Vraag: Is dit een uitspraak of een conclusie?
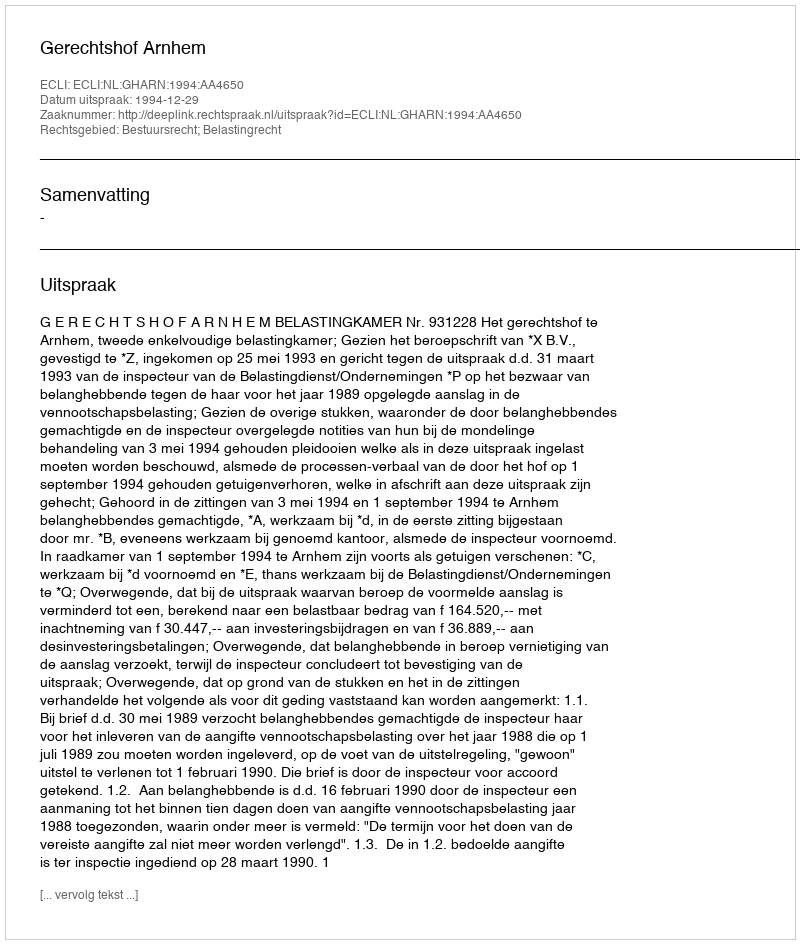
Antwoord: Uitspraak